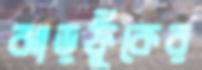
ঝাড়ফুঁকের